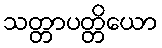
သတ္တာပတ္တိယော